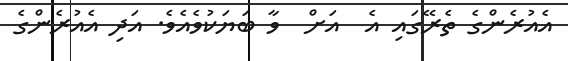
އެއުރެންގެ ތެރޭގައި އެ  އަށް  ވާ ބަޔަކުވެއެވެ. އަދި އެއުރެންގެ